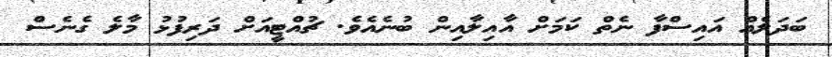
ބަދަލެއް އައިސްފާ ނެތް ކަމަށް އާއިލާއިން ބުނެއެވެ. ޗުއްޓީއަށް ދަރިފުޅު މާލެ ގެނެސް